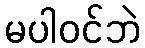
မပါဝင်ဘဲ